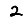
Digit: 2